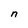
Character: n